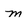
Character: m